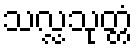
သလ္လသုတ္တံ